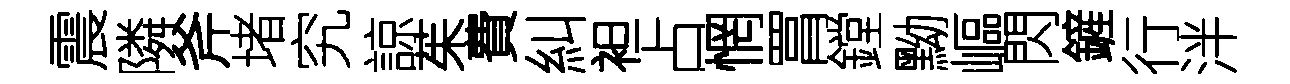
震隣斧堵究諒茱費糾袒占惘罥鏜黝嶇閃鏟行泮